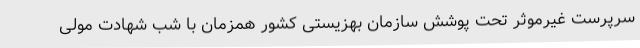
سرپرست غیرموثر تحت پوشش سازمان بهزیستی کشور همزمان با شب شهادت مولی